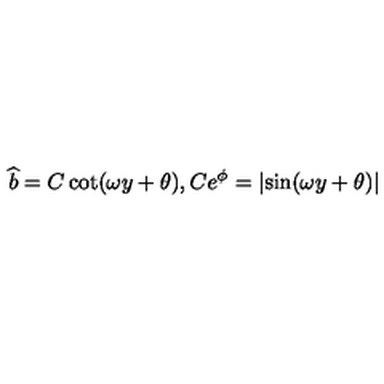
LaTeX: \widehat { b } = C \cot ( \omega y + \theta ) , C e ^ { \phi } = \left| \sin ( \omega y + \theta ) \right|